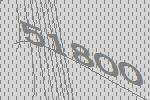
51800